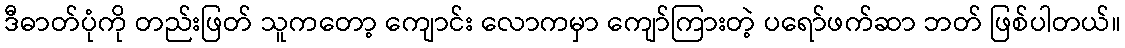
ဒီဓာတ်ပုံကို တည်းဖြတ် သူကတော့ ကျောင်း လောကမှာ ကျော်ကြားတဲ့ ပရော်ဖက်ဆာ ဘတ် ဖြစ်ပါတယ်။